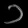
Digit: ၁